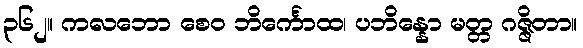
၃၆၂။ ကလဘော စေဝ ဘိင်္ကောထ၊ ပဘိန္နော မတ္တ ဂဇ္ဇိတာ။